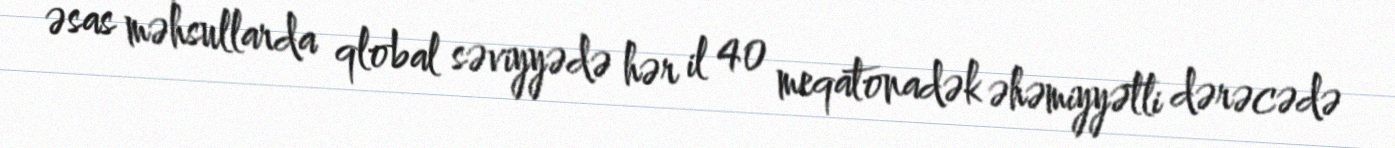
əsas məhsullarda qlobal səviyyədə hər il 40 meqatonadək əhəmiyyətli dərəcədə